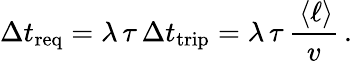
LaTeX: \Delta t_{\mathrm{req}}=\lambda\, \tau\, \Delta t_{\mathrm{trip}}=\lambda\, \tau\, \frac{\, \langle\ell\rangle}{v}\, .